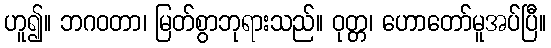
ဟူ၍။ ဘဂဝတာ၊ မြတ်စွာဘုရားသည်။ ဝုတ္တ၊ ဟောတော်မူအပ်ပြီ။